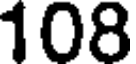
108